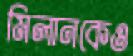
মিলানকেও